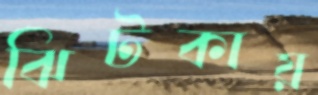
ঝিটকায়